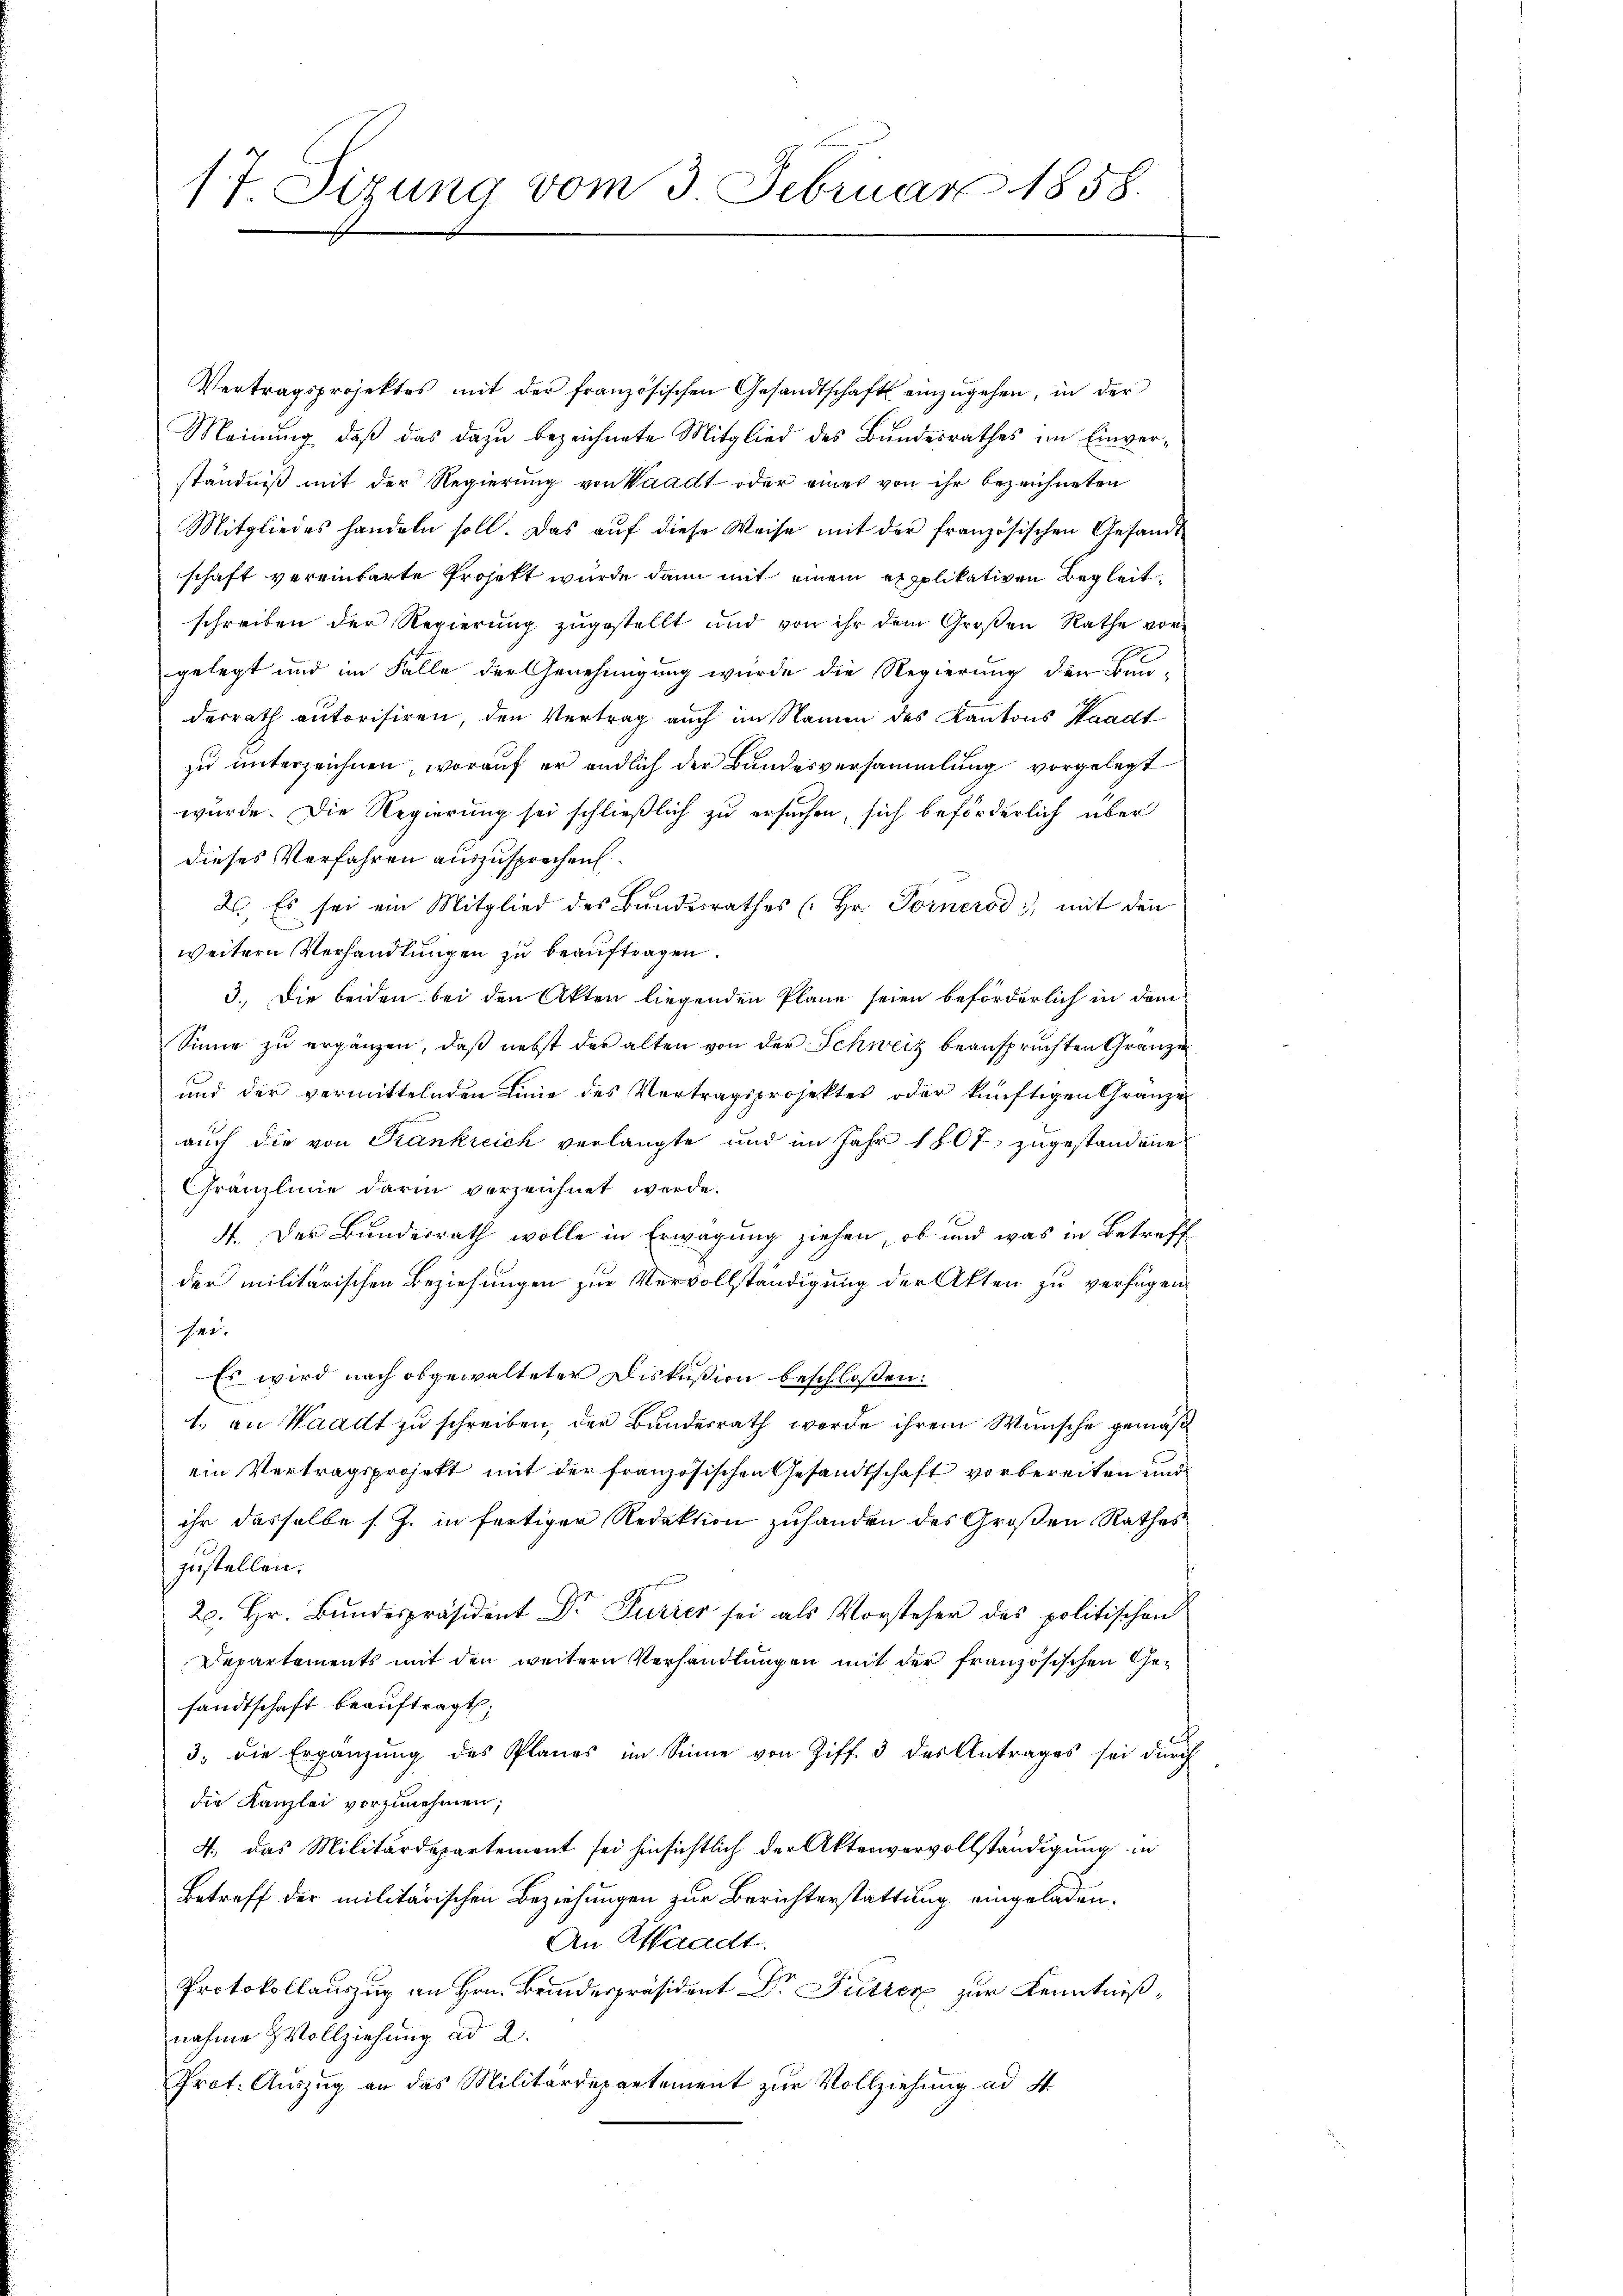
17. Sizung vom 3. Februar 1858.

Vertragsprojektes mit der französischen Gesandtschaft einzŭgehen, in der
Meinung, daß das dazu bezeichnete Mitglied des Bundesrathes im Einverständniß mit der Regierung von Waadt oder eines von ihr bezeichneten
Mitgliedes handeln soll. Das aŭf diese Weise mit der französischen Gesandt
schaft vereinbarte Projekt wurde dann mit einem expplikativen Begleitschreiben der Regierung zugestellt und von ihr dem Großen Rathe vorgelegt und im Falle der Genehmigung wurde die Regierung der Bun-
desrath autorisiren, den Vertrag auch im Namen des Kantons Waadt
zu unterzeichnen, worauf er endlich der Bundesversammlung vorgelegt
wurde. Die Regierung sei schließlich zu ersuchen, sich beförderlich über
dieses Verfahren auszusprechen.
2. Es sei ein Mitglied des Bundesrathes (Hr. Pornerod, mit den
weitern Verhandlungen zu beauftragen.
3.) Die beiden bei den Akten liegenden Plane seien beförderlich in dem
Sinne zu ergänzen, daß nebst der alten von der Schweiz beanspruchten Gränze
und der vermittelnden Linie des Vertragsprojektes oder künftigen Gränze
auch die von Frankreich verlangte und im Jahr 1807 zugestandene
Franzlinie darin verzeichnet werde.
4. Der Bundesrath wolle in Erwägung ziehen, ob und was in Betreff
der militärischen Beziehungen zur Vervollständigung der Akten zu verfügen
.
Es wird nach obgewalteter Diskußion beschlossen:
1. an Waadt zu schreiben, der Bundesrath werde ihrem Wunsche gemäß
ein Vertragsprojekt mit der französischen Gesandtschaft vorbereiten und
ihr dasselbe s. J. in fertiger Redaktion zuhanden des Großen Rathes
zustellen.
20. Hr. Bŭndespräsident Dr. Purier sei als Vorsteher des politischen
Departements mit den weitern Verhandlungen mit der französischen Gesandtschaft beauftragt;
3. die Ergänzung des Planes im Sinne von Ziff. 3 des Antrages sei durch
die Kanzlei vorzunehmen;
4., das Militärdepartement sei hinsichtlich der Aktenvervollständigung in
Betreff der militärischen Beziehungen zur Berichterstattung eingeladen.
An Waadt.
Protokollauszug an Hrn. Beidespräsident Dr. Putzer zur Kenntnißnahme Vollziehung ad 2.
Prot. Auszug an das Militärdepartement zur Vollziehung ad 4.